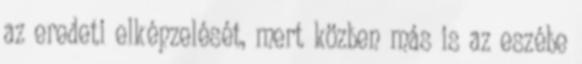
az eredeti elképzelését, mert közben más is az eszébe